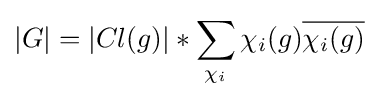
\left|G\right|=\left|Cl(g)\right|*\sum _{\chi _{i}}\chi _{i}(g){\overline {\chi _{i}(g)}}